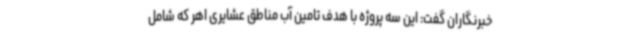
خبرنگاران گفت: این سه پروژه با هدف تامین آب مناطق عشایری اهر که شامل